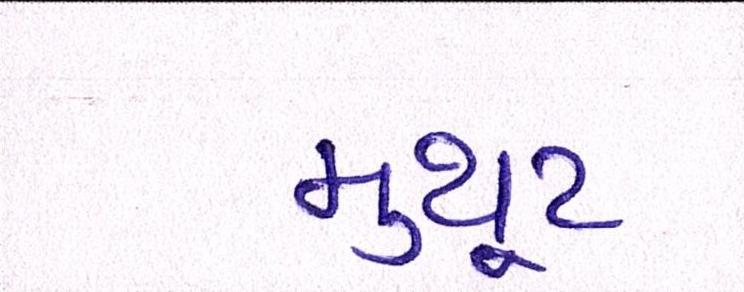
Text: મુથૂટ